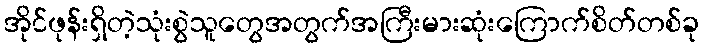
အိုင်ဖုန်းရှိတဲ့သုံးစွဲသူတွေအတွက်အကြီးမားဆုံးကြောက်စိတ်တစ်ခု